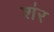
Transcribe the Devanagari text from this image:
श॑र